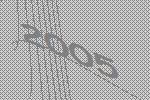
2005